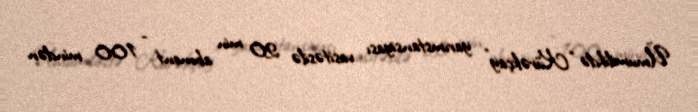
Ümumilikdə “Kürəkçay” yarımstansiyası vasitəsilə 20 min abonent - 100 mindən